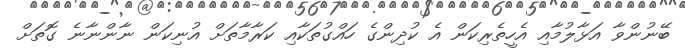
ބޭނުންވާ އަޅާލުމާއި އެހީތެރިކަން އެ ކުދިންގެ ހައްގުތަކާއި ކަރާމާތަށް އުނިކަން ނާންނާނެ ގޮތަށް